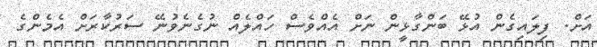
އަށް. ފިލައިގެން އުޅޭ ބަންގާޅީން ނަށް އެއްވެސް ހައްލެއް ނުގެނެވުނޭ ސަރުކާރަށް އެމެންގެ